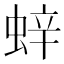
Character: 𫋁